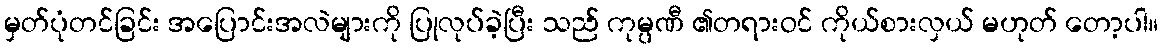
မှတ်ပုံတင်ခြင်း အပြောင်းအလဲများကို ပြုလုပ်ခဲ့ပြီး သည် ကုမ္ပဏီ ၏တရားဝင် ကိုယ်စားလှယ် မဟုတ် တော့ပါ။